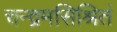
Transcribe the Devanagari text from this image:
चन्द्रमसिश्रितं